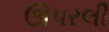
ઊપરલી